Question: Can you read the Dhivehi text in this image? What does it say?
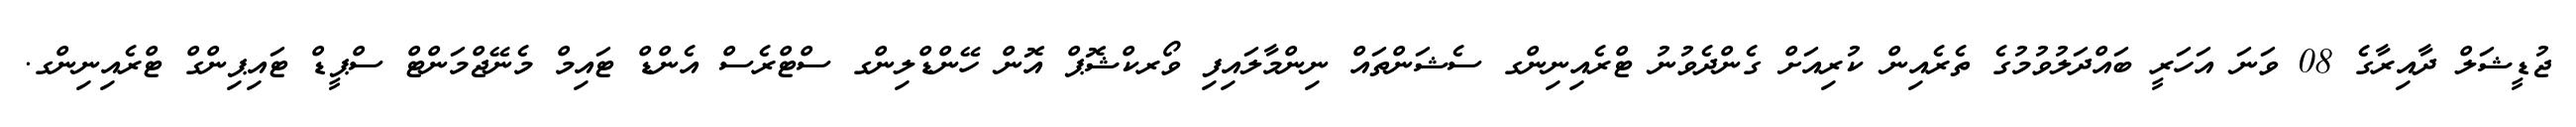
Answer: ޖުޑީޝަލް ދާއިރާގެ 08 ވަނަ އަހަރީ ބައްދަލުވުމުގެ ތެރެއިން ކުރިއަށް ގެންދެވުނު ޓްރެއިނިންގ ސެޝަންތައް ނިންމާލައިފި ވޯރކްޝޮޕް އޮން ހޭންޑްލިންގ ސްޓްރެސް އެންޑް ޓައިމް މެނޭޖްމަންޓް ސްޕީޑް ޓައިޕިންގް ޓްރެއިނިންގ.